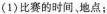
(1)比赛的时间、地点；